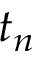
t _ { n }